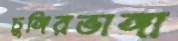
চুঙ্গিরভাঙ্গা